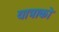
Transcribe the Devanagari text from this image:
यात्राको